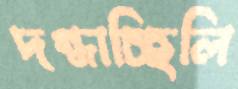
দগ্ধাচ্ছিলি